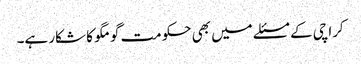
کراچی کے مسئلے میں بھی حکومت گومگو کا شکار ہے۔